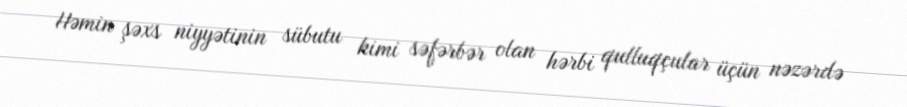
Həmin şəxs niyyətinin sübutu kimi səfərbər olan hərbi qulluqçular üçün nəzərdə